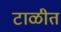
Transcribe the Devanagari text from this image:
टाळीत